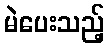
မဲပေးသည့်